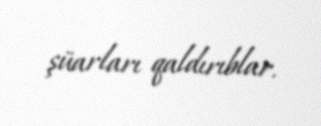
şüarları qaldırıblar.